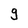
Character: 9